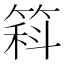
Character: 䈖